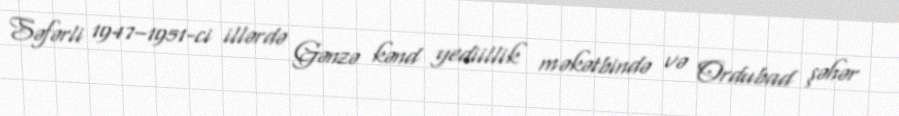
Səfərli 1947–1951-ci illərdə Gənzə kənd yediillik məkətbində və Ordubad şəhər